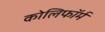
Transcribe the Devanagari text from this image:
कोलिफॉर्म